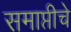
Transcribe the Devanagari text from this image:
समाप्तीचे